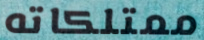
ممتلكاته